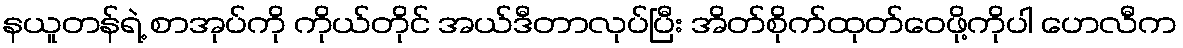
နယူတန်ရဲ့ စာအုပ်ကို ကိုယ်တိုင် အယ်ဒီတာလုပ်ပြီး အိတ်စိုက်ထုတ်ဝေဖို့ကိုပါ ဟေလီက